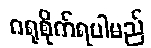
ဂရုစိုက်ရပါမည်